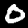
Label: 0